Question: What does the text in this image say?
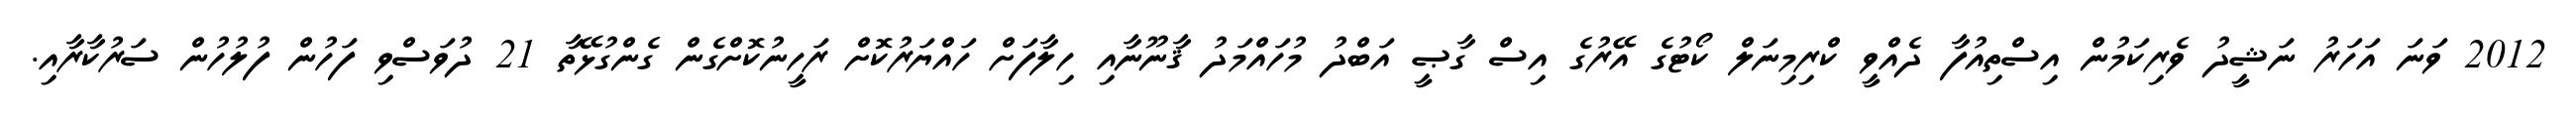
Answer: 2012 ވަނަ އަހަރު ނަޝީދު ވެރިކަމުން އިސްތިއުފާ ދެއްވީ ކްރިމިނަލް ކޯޓުގެ އޭރުގެ އިސް ގާޞީ އަބްދު މުހައްމަދު ޤާނޫނާއި ހިލާފަށް ހައްޔަރުކޮށް ރަހީނުކޮށްގެން ގެންގުޅޭތާ 21 ދުވަސްވި ފަހުން ފުލުހުން ސަރުކާރާއި.